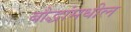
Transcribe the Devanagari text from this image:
बौद्धांमधील